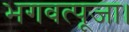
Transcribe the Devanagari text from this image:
भगवत्पूजा।